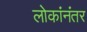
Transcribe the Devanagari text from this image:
लोकांनंतर